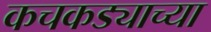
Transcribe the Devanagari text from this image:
कचकड्याच्या